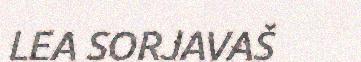
LEA SORJAVAŠ